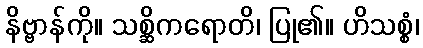
နိဗ္ဗာန်ကို။ သစ္ဆိကရောတိ၊ ပြု၏။ ဟိသစ္စံ၊